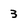
Character: 3